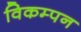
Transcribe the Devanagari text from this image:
विकम्पन